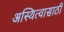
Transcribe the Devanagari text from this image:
अस्थित्वासाठी